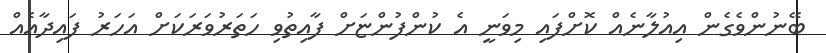
ބޭނުންވެގެން އިއުލާނެއް ކޮށްފައި މިވަނީ އެ ކުންފުންޏަށް ފާއިތުވި ހަތަރުވަރަކަށް އަހަރު ފައިދާއެއް